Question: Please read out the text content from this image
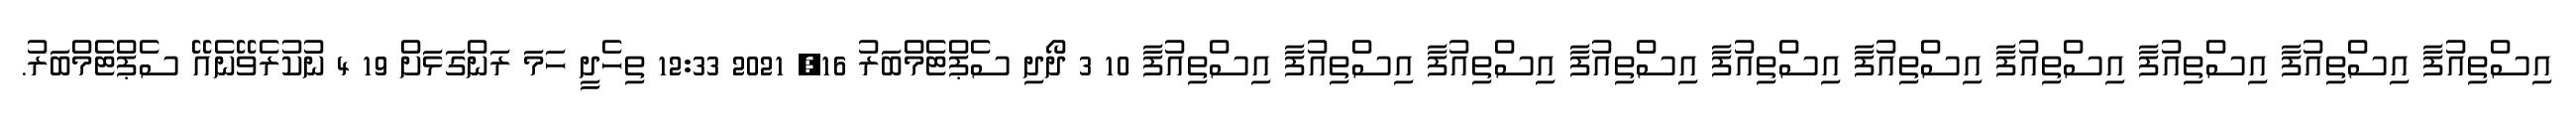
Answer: އިސްތިއުފާ އިސްތިއުފާ އިސްތިއުފާ އިސްތިއުފާ އިސްތިއުފާ އިސްތިއުފާ އިސްތިއުފާ އިސްތިއުފާ އިސްތިއުފާ އިސްތިއުފާ 10 3 ދޯދި ސެޕްޓެމްބަރު 16, 2021 12:33 ތިހެދީ ހަމަ ރަންގަޅަށް 19 4 ނުކުރެވޭނެއޭ ސެޕްޓެމްބަރު.